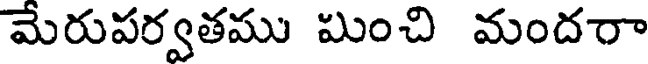
మేరుపర్వతము మించి మందరా